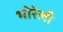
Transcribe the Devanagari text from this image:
भोरेली